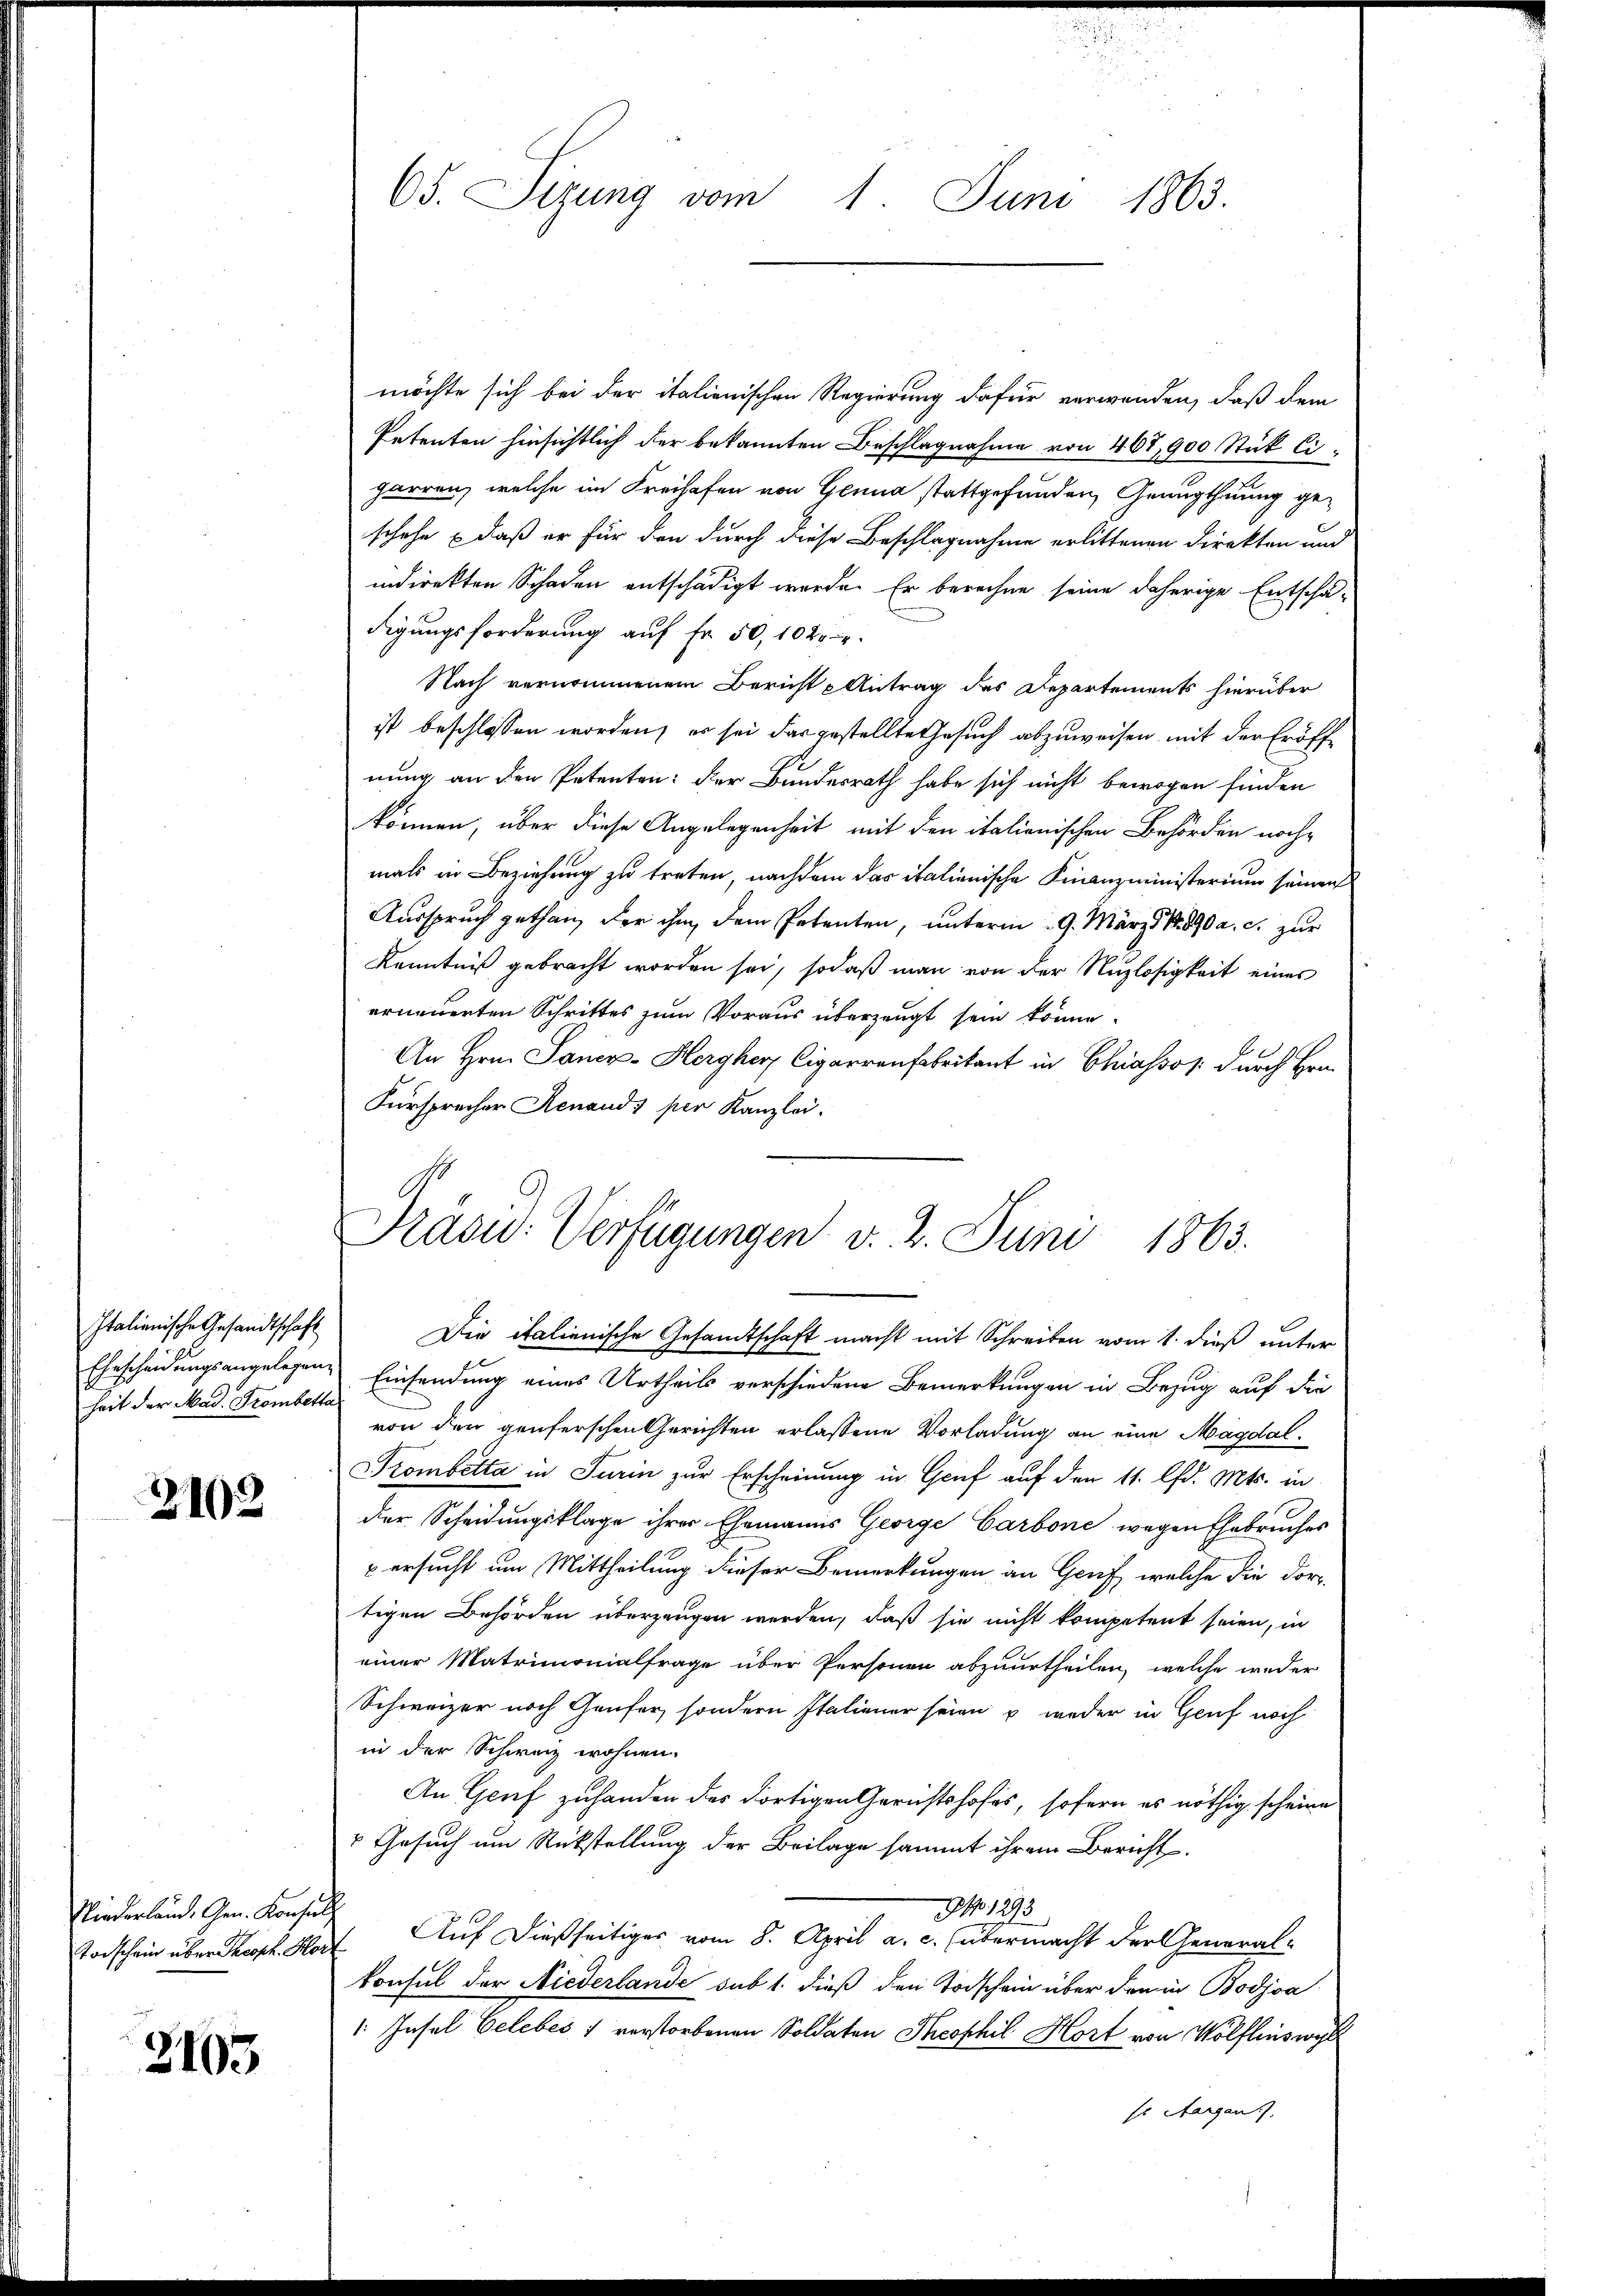
Italienische Gesandtschaft
heit der Mad. Trombetta

2102

Niederland. Gen. Konsult

2103

möchte sich bei der italienischen Regierung dafür verwenden, daß dem
Petenten hinsichtlich der bekannten Beschlagnahme von 467,900 Stük Cigarren, welche im Freihafen von Genua stattgefunden, Genugthuung geschehe daß er für den durch diese Beschlagnahme erlittenen Direkten und
indirekten Schaden entschädigt werde. Er berechne seine daherige Entschä-
digungsforderung auf Fr. 50, 102.
Nach vernommenem Bericht Antrag des Departements hierüber
ist beschlossen worden, er sei das gestellte Gesuch abzuweisen mit der Eröffnung an den Petenten: der Bundesrath habe sich nicht bewogen finden
können, über diese Angelegenheit mit den italienischen Behörden nachmals in Beziehung zu treten, nachdem das italienische Finanzministerium seinen
Ausspruch gethan, der ihm dem Petenten, unterm 9. März 1890 a. c. zur
Kenntniß gebracht worden sei, sodaß man von der Nuzlosigkeit eines
erneuerten Schrittes zum Voraus überzeugt sein könne.
An Hrn. Janer-Hergher Cigarrenfabrikant in Chiassos durch Hrn.
Fürsprecher Renauds per Kanzlei.
Die italienische Gesandtschaft macht mit Schreiben vom 1. dieß unter
Ehescheidungsangelegen Einsendung eines Urtheils verschiedene Bemerkungen in Bezug auf die
von den genferschen Gerichten erlassene Vorladung an eine Magdal¬
Sombetta in Turin zur Erscheinung in Genf auf den 11. lfd. Mts. in
der Scheidungsklage ihrer Ehemanns George Carbone wegen Ehebruches
 ersucht um Mittheilung dieser Bemerkungen an Genf, welche die dortigen Behörden überzeugen werden, daß sie nicht kompetent seien, in
einer Matrimonialfrage über Personen abzuurtheilen, welche weder
Schweizer noch Genfer, sondern Italiener seien u weder in Genf noch
in der Schweiz wohnen.
An Genf zuhanden das dortigen Gerichtshofes, sofern es nöthig scheine
 Gesuch um Rückstellung der Beilage sammt ihrem Bericht
NNo. 1293
Todschein über Proph. Hort Auf dießseitiges vom 8. April a. c. übermacht der General-
konsul der Niederlande sub 1. dieß den Todschein über den in Bodjva
1: Insel Celebes 1 verstorbenen Soldaten Theophil Hort von Wölflins wel
sr Hergan

65. Sizung vom 1. Juni 1863.

Präsid. Verfügungen v. 2. Juni 1863.